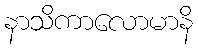
နာသိကာလောမာနိ